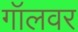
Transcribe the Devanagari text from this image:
गॉलवर